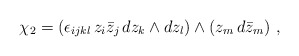
\begin{align*}\chi_2 = (\epsilon_{ijkl} \, z_i \bar{z}_j \, dz_k \wedge dz_l)\wedge (z_m \, d\bar{z}_m) \ ,\end{align*}